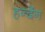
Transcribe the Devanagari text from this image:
हर्न्देन